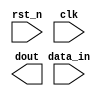
module adc10065 (
	rst_n,clk,data_in,
	dout);
	
	
	input    rst_n;            
	input		clk;   	
	input   [9:0] data_in;
	output  [9:0] dout;
	
	reg [9:0] ADC_Data;
	
	always@(posedge clk or negedge rst_n)
		begin
			if(!rst_n) 
				begin
					ADC_Data <= 13'd0;
				end
			else
				begin
					ADC_Data <= data_in;
				end
		
		end
		
	
endmodule